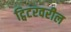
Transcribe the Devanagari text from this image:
ट्विटरवरील